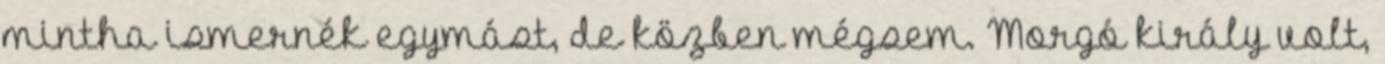
mintha ismernék egymást, de közben mégsem. Morgó király volt,